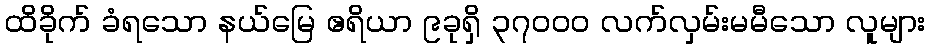
ထိခိုက် ခံရသော နယ်မြေ ဧရိယာ ၉ခုရှိ ၃၇၀၀၀ လက်လှမ်းမမီသော လူများ